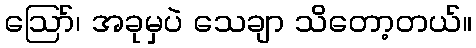
ဩော်၊ အခုမှပဲ သေချာ သိတော့တယ်။